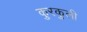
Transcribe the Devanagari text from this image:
कुरकुली